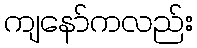
ကျနော်ကလည်း